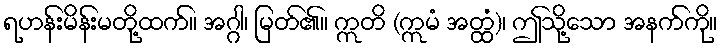
ရဟန်းမိန်းမတို့ထက်။ အဂ္ဂါ၊ မြတ်၏။ ဣတိ (ဣမံ အတ္ထံ)၊ ဤသို့သော အနက်ကို။